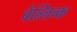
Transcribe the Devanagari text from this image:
बेल्लिच्क